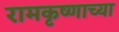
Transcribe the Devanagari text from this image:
रामकृष्णाच्या